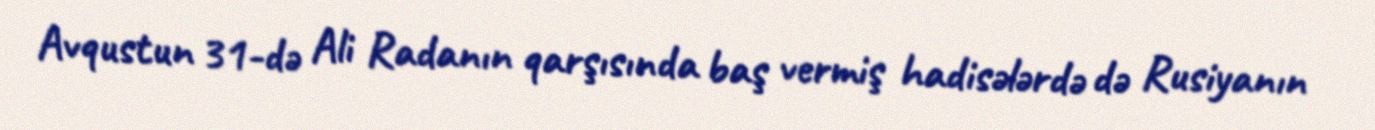
Avqustun 31-də Ali Radanın qarşısında baş vermiş hadisələrdə də Rusiyanın